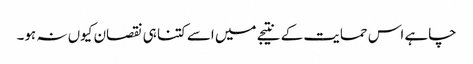
چاہے اس حمایت کے نتیجے میں اسے کتنا ہی نقصان کیوں نہ ہو۔